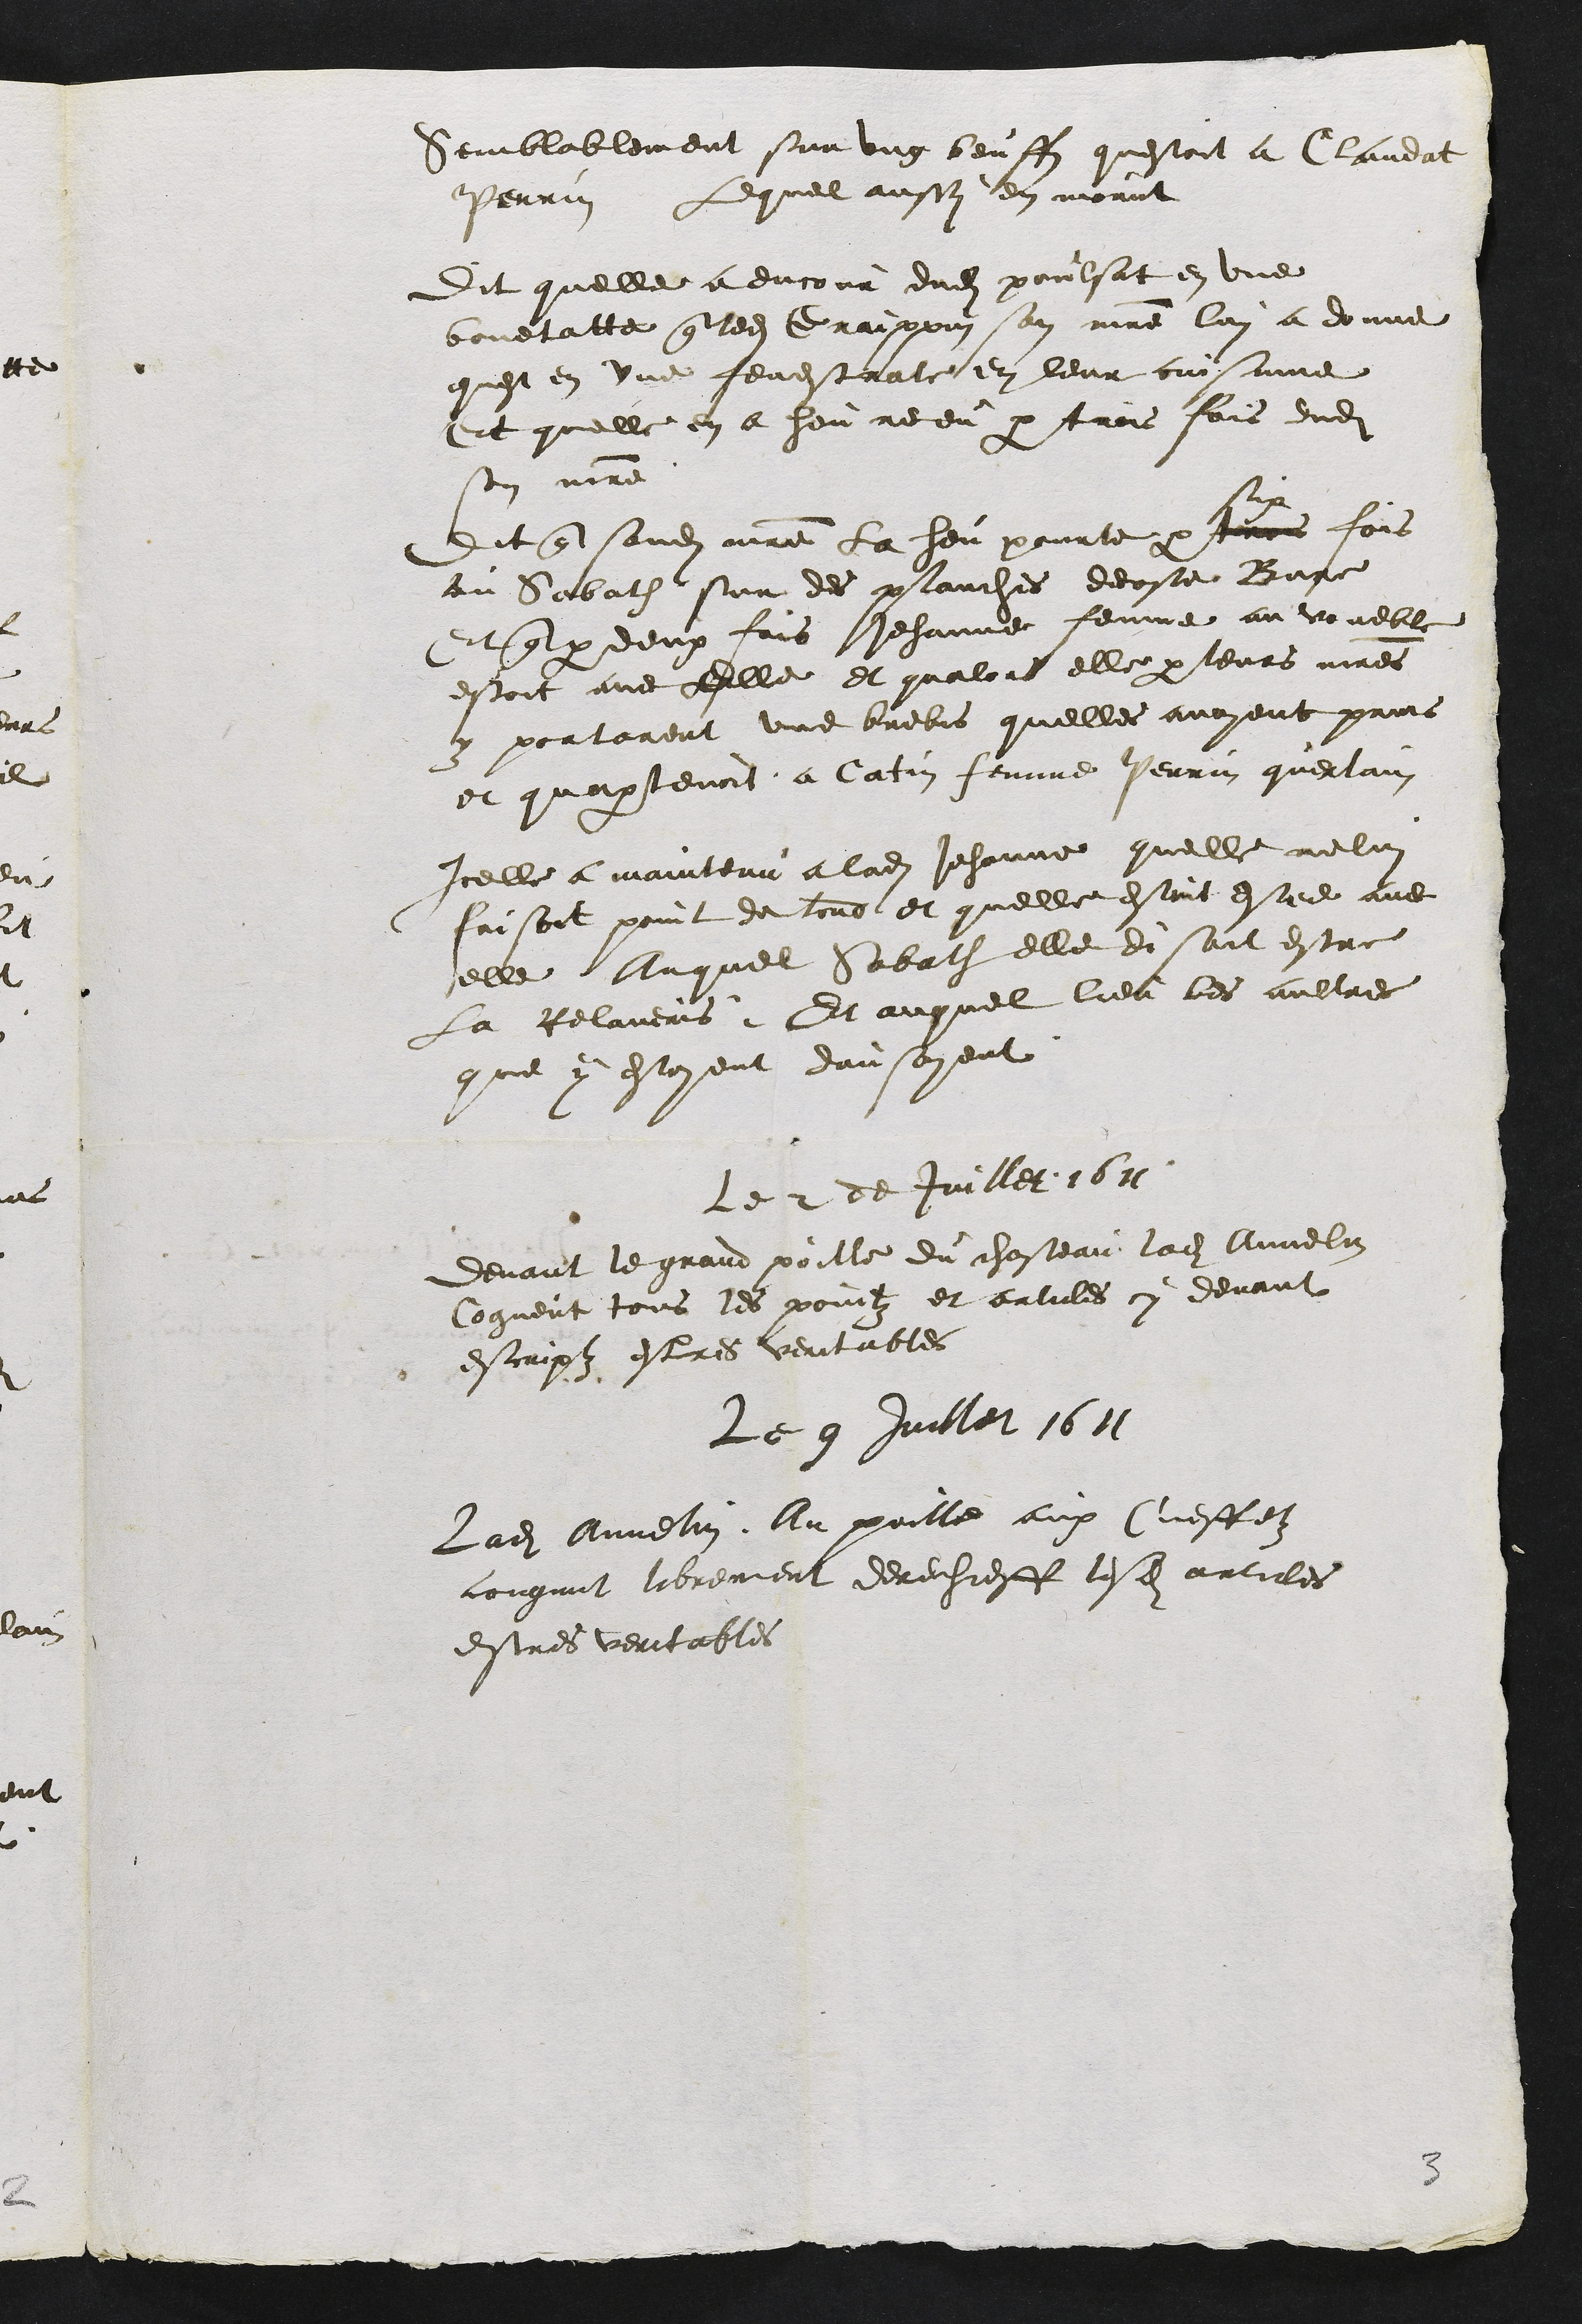
semblablement sur ung beuffz questoit a Claudat
Perrin Lequel aussy en morut
Dit quelle a encour dudit poulsat en une
bouetatte que ledit Graippin son maître lui a donne
quest en une fenestrate en leur cuisinne
Et quelle en a heu receu par trois fois dudit
son maitre
Dit que sondit maitre la heu pourte par trois
six
fois
au Sabath sur des planches decoste Bure
Et que par deux fois Jehanne femme au voueble
estoit avec Elle et qualors elle par leurs maitres
y portarent une brebis quelles avoyent prins
et quapartenoit a Catin femme Perrin querlain
Icelle a maintenu a ladite Jehanne quelle ne lui
faisoit point de tord et quelle estoit estee avec
elle Auquel Sabath elle disoit estre
la Relaveris, Et auquel lieu les aultres
que y estoient dansoyent
Le 2 de Juillet 1611
devant le grand poille du chasteau ladite Annelin
Cogneut tous les pointz et articles cy devant
escriptz estres veritables
Le 9 Juillet 1611
Ladite Annelin, Au poille aux Cueffetz
congnut librement derechieff lesdits articles
estres veritables